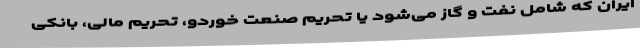
ایران که شامل نفت و گاز می‌شود یا تحریم صنعت خوردو، تحریم مالی، بانکی